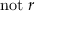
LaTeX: \mathrm { n o t } ~ r